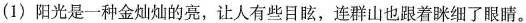
(1)阳光是一升会如地的亮，让人有些目眩，连群山也跟着眯细了眼睛。